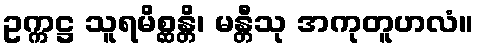
ဥက္ကဋ္ဌ သူရမိစ္ဆန္တိ၊ မန္တီသု အကုတူဟလံ။